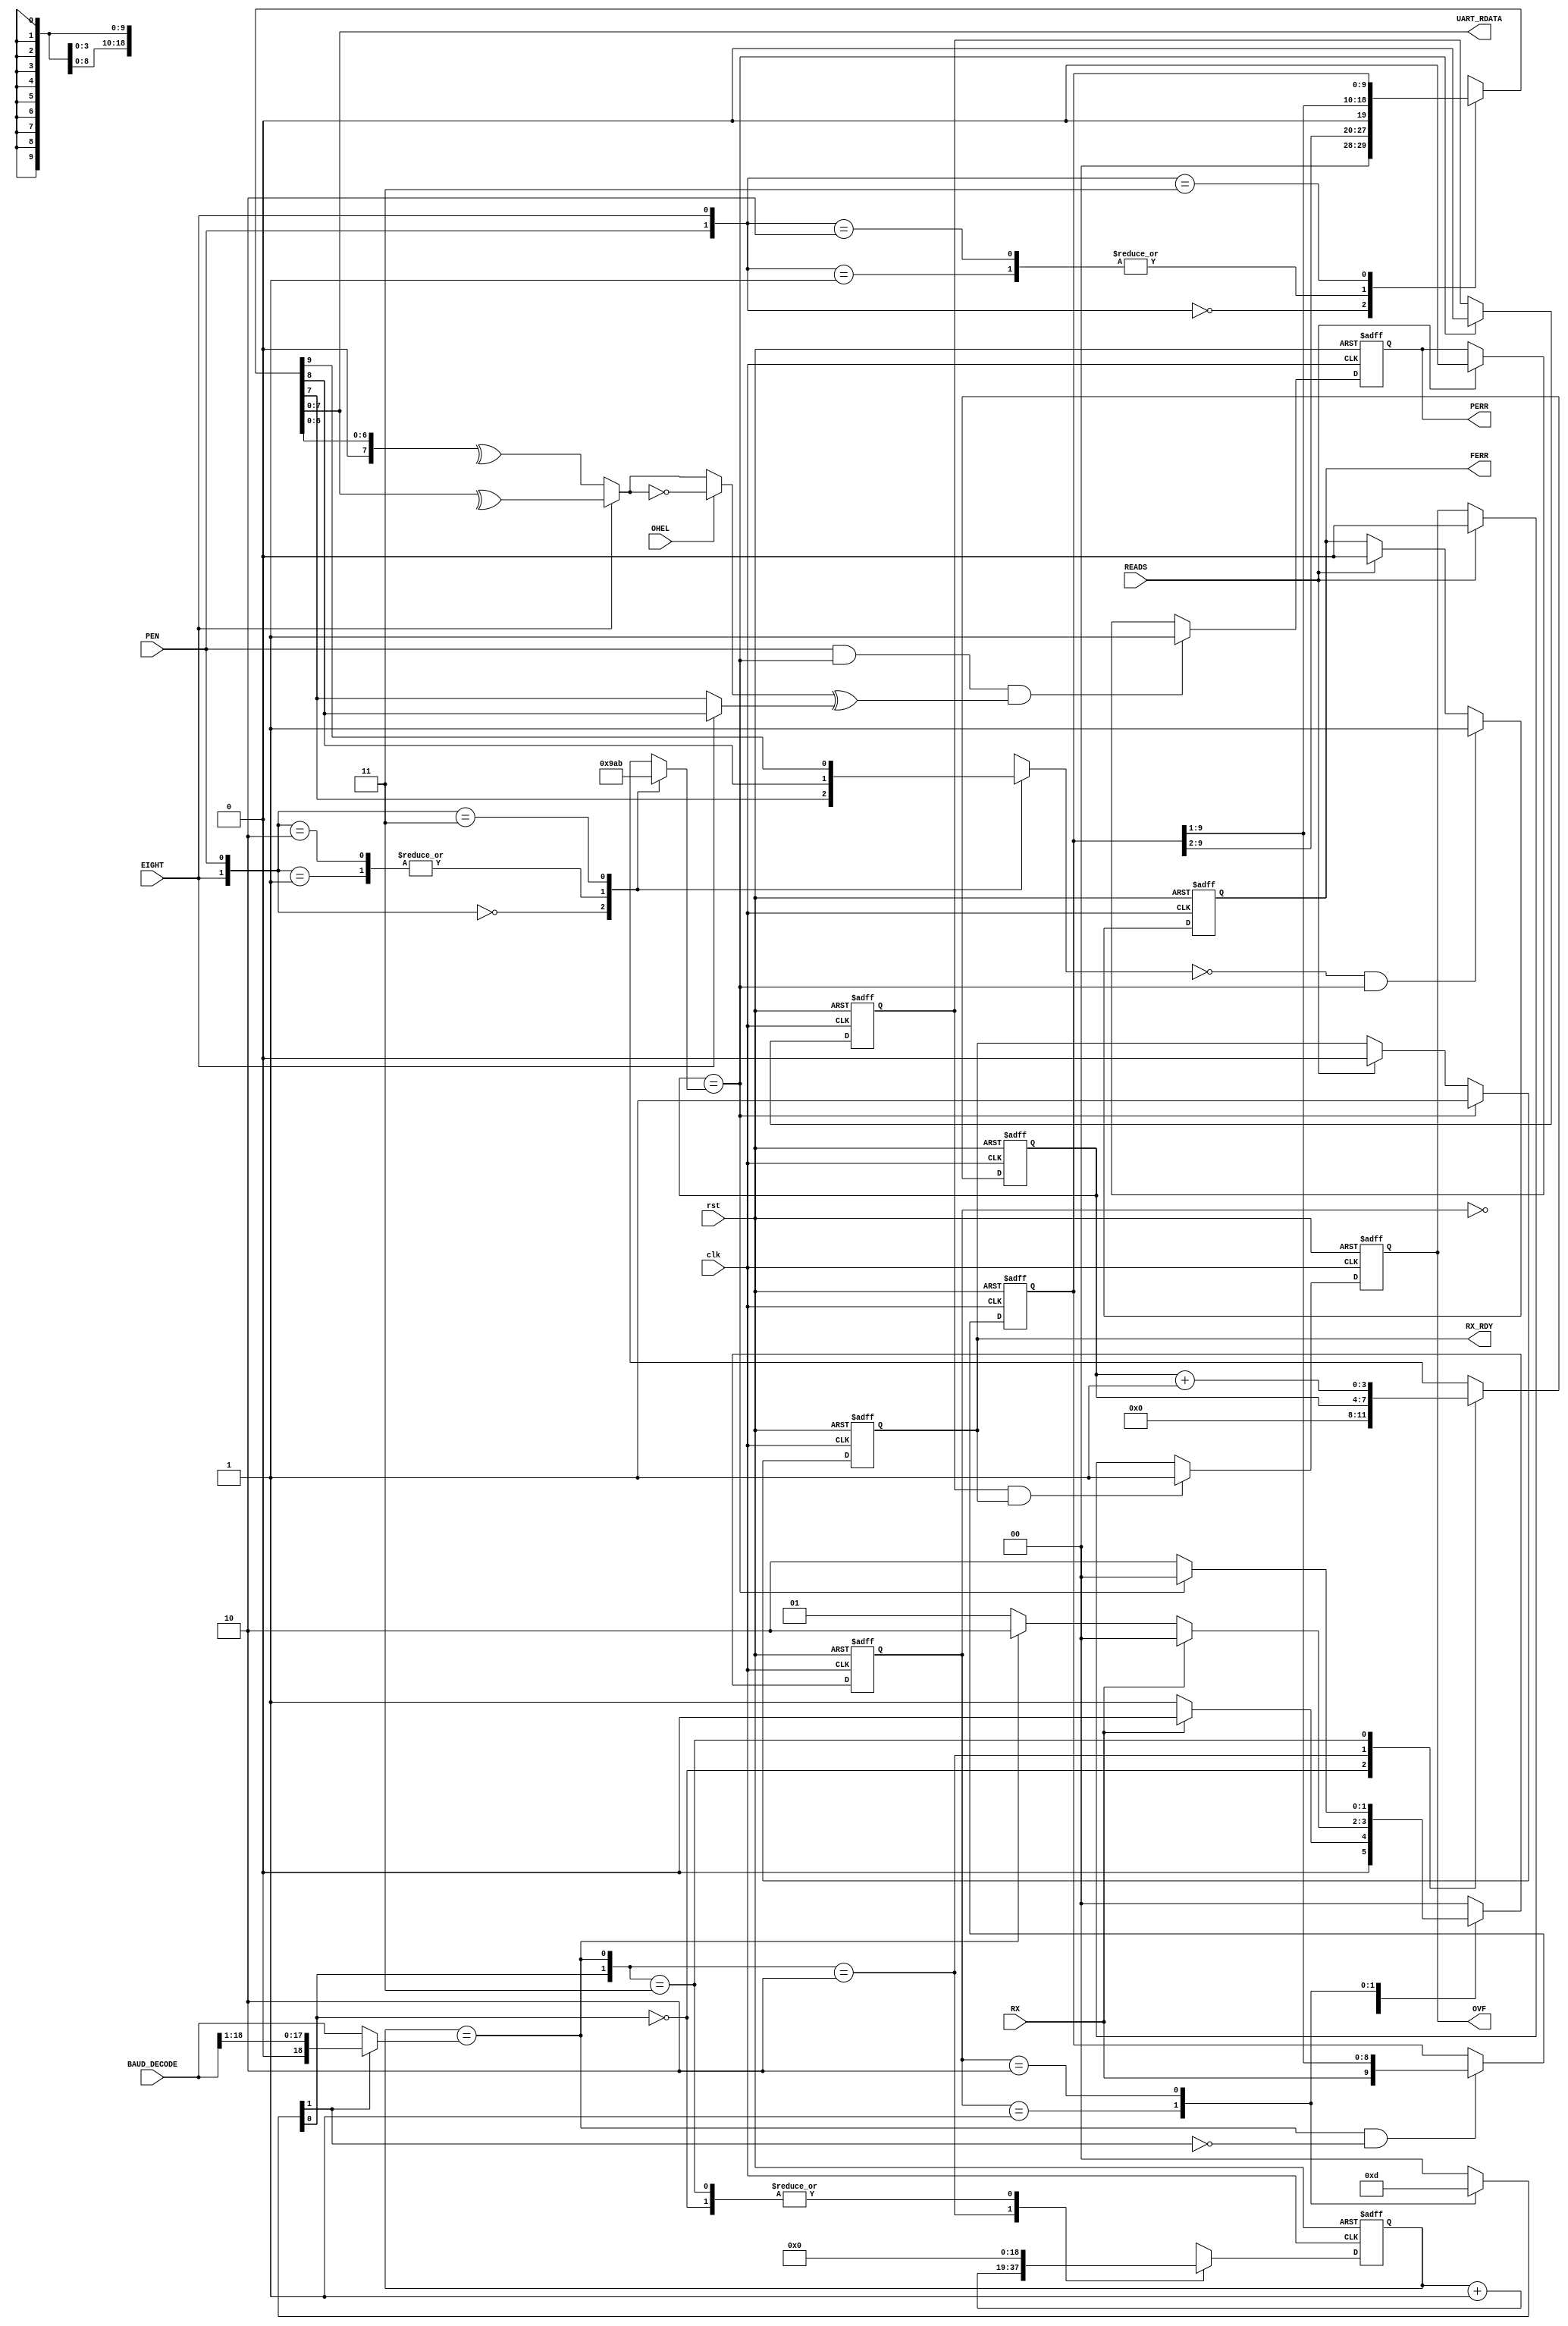
`timescale 1ns / 1ps
//***************************************************************//
//                                                               // 
//  Created by       Nguyen Doan on 3/24/2020	                 //
//  Copyright @ 2020 Nguyen Doan. All rights reserved,           //
//                                                               //    
//                                                               // 
//  In submiting this file for class work ar CSULB               //
//  I am confirming that this is my work and the work      	 //
//  of no one else. In submitting this code I acknowledge that   //
//  plagiarism in student project work is subject to dismissal 	 //
//  from the class                                               //    
//***************************************************************//
module Rx_engine(clk, rst, BAUD_DECODE, EIGHT, PEN, OHEL, RX, 
                 READS, UART_RDATA, PERR, FERR, OVF, RX_RDY);
    input           clk, rst;
    input  [18:0]   BAUD_DECODE;
    input           EIGHT, PEN, OHEL;
    input           RX; 
    input           READS;
    output  [7:0]   UART_RDATA; 
    output          RX_RDY;
    output          PERR, FERR, OVF;
    
    wire   [18:0]   K;
    wire            BTU, DONE; 
    wire            Gen_Parity1, Gen_Parity2, Re_Parity;
    wire            Parity_Error;
    
    reg     [3:0]   Q;
    reg     [1:0]   state, n_state; 
    reg             START, DOIT;
    reg    [18:0]   count, n_count;
    reg     [3:0]   bit_count, bit_count_n;
    reg     [9:0]   shift_reg, RJ_out;
    reg             PERR, FERR, OVF, RX_RDY;
    reg             Stop_Bit;
            
    // RECEIVE ENGINE CONTROL
    // State Machine
    always @(posedge clk, posedge rst) 
        if (rst) 
            state <= 2'b0;
        else
            state <= n_state;
            
    always @*
        case(state)
            2'b00: begin 
                   n_state = RX?  2'b00 : 2'b01;
                   {START,DOIT} = 2'b00;
                   end
            2'b01: begin
                   n_state = RX?  2'b00 : (BTU? 2'b10 : 2'b01);
                   {START,DOIT} = 2'b11; 
                   end
            2'b10: begin
                   n_state = DONE? 2'b00 : 2'b10;
                   {START,DOIT} = 2'b01;
                   end
            default: {n_state,START,DOIT} = 4'b0;
        endcase
    
    // Bit time Counter
    assign K = START? BAUD_DECODE>>1 : BAUD_DECODE; 
    always @(posedge rst, posedge clk) 
        if (rst)
            count <= 19'b0; 
        else   
            count <= n_count; 
            
    always @(*) 
        casex({DOIT,BTU})
            2'b0?: n_count = 19'b0;
            2'b10: n_count = count + 19'b1;
            2'b11: n_count = 19'b0;
            default: n_count = 19'b0; 
        endcase
    assign BTU = (count == K);
    
    // Bit Counter
    always @(*) 
        case({EIGHT,PEN})
            2'b00: Q = 4'd9;
            2'b01: Q = 4'd10; 
            2'b10: Q = 4'd10;
            2'b11: Q = 4'd11;
            default: Q = 4'd9;
        endcase
        
    always @(posedge clk, posedge rst) 
        if (rst)
            bit_count <= 4'b0; 
        else 
            bit_count <= bit_count_n;
    
    always @(*)
        casex({DOIT,BTU})
            2'b0?: bit_count_n = 4'd0;
            2'b10: bit_count_n = bit_count;
            2'b11: bit_count_n = bit_count + 4'b1; 
            default: bit_count_n = 4'd0;
        endcase
         
    assign DONE = (bit_count == Q); 
             
    // RECEIVE ENGINE DATA PATH 
    // Shift Register
    always @(posedge clk, posedge rst) 
        if (rst) 
            shift_reg <= 10'b0; 
        else if (BTU & ~START)
            shift_reg <= {RX,shift_reg[9:1]};
        else
            shift_reg <= shift_reg;      
      
    // Right Justify        
    always @(*)
        case({PEN,EIGHT}) 
            2'b00: RJ_out = {2'b0,shift_reg[9:2]}; 
            2'b01: RJ_out = {1'b0,shift_reg[9:1]}; 
            2'b10: RJ_out = {1'b0,shift_reg[9:1]};
            2'b11: RJ_out = shift_reg; 
            default: RJ_out  = 10'b0; 
        endcase   
    
    // Parity Error
    assign UART_RDATA =  RJ_out[7:0]; 
    assign Gen_Parity1 = EIGHT? ^RJ_out[7:0] : ^{1'b0,RJ_out[6:0]}; 
    assign Gen_Parity2 = OHEL? ~Gen_Parity1 : Gen_Parity1;
    assign Re_Parity = EIGHT? RJ_out[8] : RJ_out[7]; 
    assign Parity_Error  = PEN & DONE & (Gen_Parity2 ^ Re_Parity);
    
    always @(posedge clk, posedge rst)
        if (rst) 
            PERR <= 1'b0;
        else if (Parity_Error)
            PERR <= 1'b1;
        else if(READS) 
            PERR <= 1'b0;
        else 
            PERR <= PERR; 
    
    // Framing Error
    always @(*)
        case({EIGHT,PEN}) 
            2'b00: Stop_Bit = RJ_out[7];
            2'b01: Stop_Bit = RJ_out[8];
            2'b10: Stop_Bit = RJ_out[8];
            2'b11: Stop_Bit = RJ_out[9];
            default: Stop_Bit = 1'b0;
        endcase
        
    always @(posedge clk, posedge rst)
        if (rst) 
            FERR <= 1'b0; 
        else if (~Stop_Bit&DONE)
            FERR <= 1'b1;
        else if (READS)
            FERR <= 1'b0;
        else 
            FERR <= FERR; 
     
    reg         DONE_reg;     
    always @(posedge clk, posedge rst) 
        if (rst)
            DONE_reg <= 1'b0;
        else if (DONE) 
            DONE_reg <= 1'b0;
        else 
            DONE_reg <= DONE_reg;
            
    // Overflow error
    always @(posedge clk, posedge rst)
        if (rst) 
            OVF <= 1'b0;
        else if (DONE_reg & RX_RDY)
            OVF <= 1'b1; 
        else if (READS)
            OVF <= 1'b0;
        else
            OVF <= OVF;
            
    // RX_RDY
    always @(posedge clk, posedge rst) 
        if (rst) 
            RX_RDY <= 1'b0;
        else if (DONE)
            RX_RDY <= 1'b1;
        else if (READS)
            RX_RDY <= 1'b0;
        else 
            RX_RDY <= RX_RDY;
           
       
endmodule